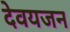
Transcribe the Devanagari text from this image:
देवयजन